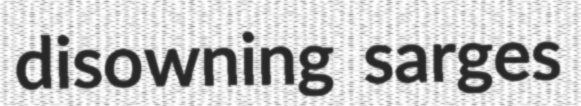
disowning sarges